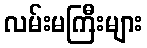
လမ်းမကြီးများ